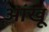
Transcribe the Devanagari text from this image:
आंखू